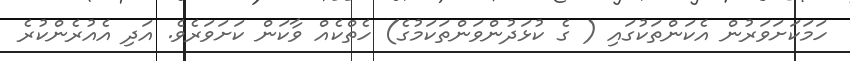
ހަމަކަށަވަރުން އެކަންތަކުގައި ( ގެ ކުޅަދުންވަންތަކަމުގެ) ހެތްކެއް ވާކަން ކަށަވަރެވެ. އަދި އެއުރެންކުރެ